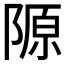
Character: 𨻣